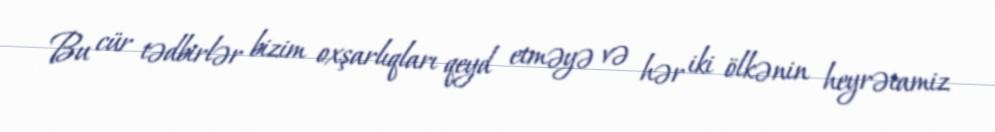
Bu cür tədbirlər bizim oxşarlıqları qeyd etməyə və hər iki ölkənin heyrətamiz